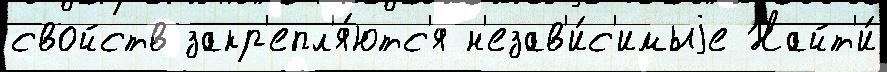
свойств закр'епл'я́ютс'я н'езав'и́с'имыjе Найт'и́